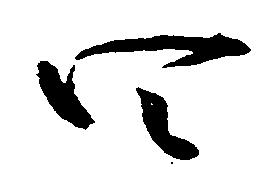
四